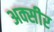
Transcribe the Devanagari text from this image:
अक्सीर